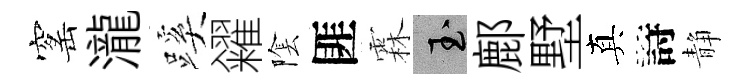
窰瀧蹊糴隂匪霖玉鄜墅真詩静